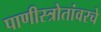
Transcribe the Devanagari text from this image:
पाणीस्त्रोतांवरचे